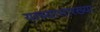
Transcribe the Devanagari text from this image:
याच्यासारख्या